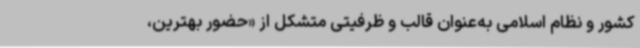
کشور و نظام اسلامی به‌عنوان قالب و ظرفیتی متشکل از «حضور بهترین،